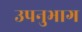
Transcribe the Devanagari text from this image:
उपनुभाग